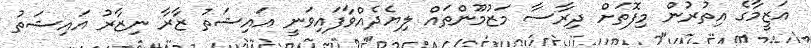
އަޒީމާގެ އިތުރުން މިފޮތަށް ދިރާސާ މަޒުމޫންތައް ލިޔެދެއްވާފައިވަނީ އައިޝަތު ޒާރާ ނިޒާރު އައިޝަތު